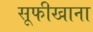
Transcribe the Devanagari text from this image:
सूफीखाना